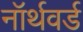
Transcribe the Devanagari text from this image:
नॉर्थवर्ड